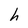
Character: h